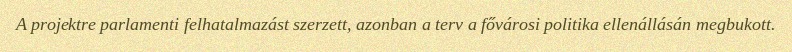
A projektre parlamenti felhatalmazást szerzett, azonban a terv a fővárosi politika ellenállásán megbukott.